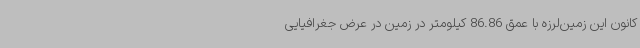
کانون این زمین‌لرزه با عمق 86.86 کیلومتر در زمین در عرض جغرافیایی